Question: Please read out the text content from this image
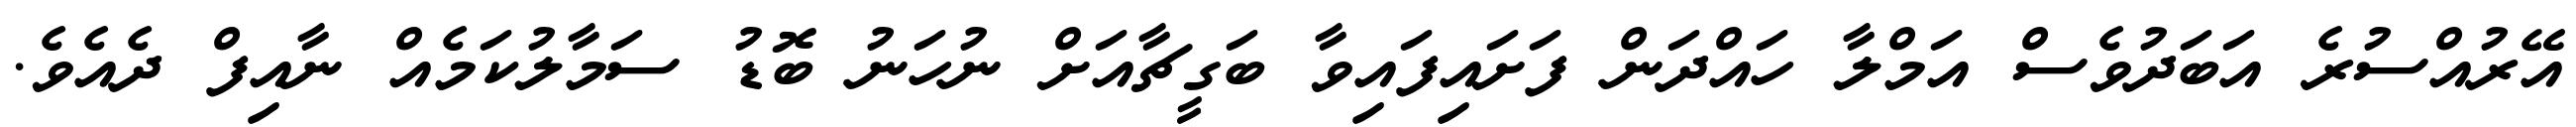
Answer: އޭރުއްސުރެ އަބަދުވެސް އަމްލާ ހައްދަން ފަށައިފައިވާ ބަގީޗާއަށް ނުހަނު ބޮޑު ސަމާލުކަމެއް ނާއިފް ދެއެވެ.